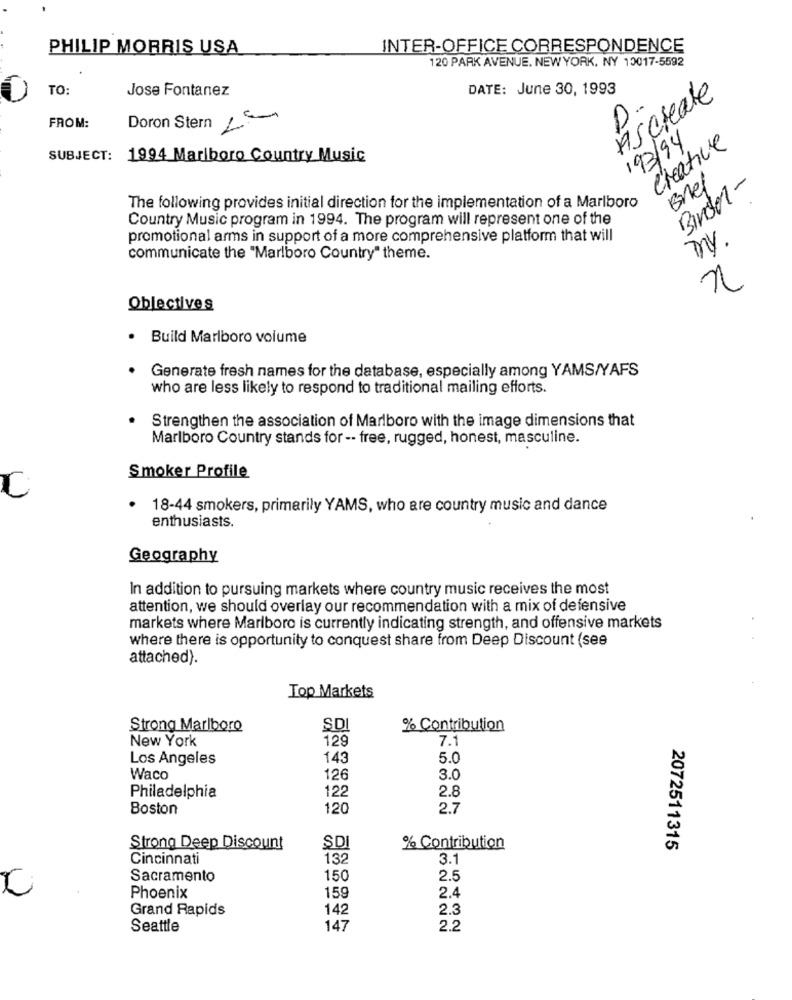
PHILIP MORRIS USA
INTER-OFFICE CORRESPONDENCE
120 PARK AVENUE. NEWYORK, NY 10017-5592
TO:
Jose Fontanez
DATE: June 30, 1993
Ascreate
FROM:
Doron Stern La
193/94
creative
SUBJECT:
1994 Marlboro Country Music
Bref
Bindor-
The following provides initial direction for the implementation of a Marlboro
Country Music program in 1994. The program will represent one of the
promotional arms in support of a more comprehensive platform that will
my.
communicate the "Marlboro Country" theme.
n
Objectives
Build Marlboro volume
Generate fresh names for the database, especially among YAMS/YAFS
who are less likely to respond to traditional mailing efforts.
Strengthen the association of Marlboro with the image dimensions that
Marlboro Country stands for -- free, rugged, honest, masculine.
Smoker Profile
18-44 smokers, primarily YAMS, who are country music and dance
enthusiasts.
Geography
In addition to pursuing markets where country music receives the most
attention, we should overlay our recommendation with a mix of defensive
markets where Marlboro is currently indicating strength, and offensive markets
where there is opportunity to conquest share from Deep Discount (see
attached).
Top Markets
Strong Marlboro
SD
% Contribution
New York
129
7.1
Los Angeles
143
5.0
Waco
126
3.0
2.8
Philadelphia
122
Boston
120
2.7
Strong Deep Discount
ŞDI
% Contribution
2072511315
Cincinnati
132
3.1
Sacramento
150
2.5
2.4
Phoenix
159
Grand Rapids
142
2.3
Seattle
147
2.2